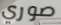
صوري